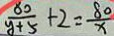
\frac { 8 0 } { y + 5 } + 2 = \frac { 8 0 } { x }